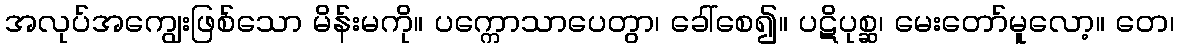
အလုပ်အကျွေးဖြစ်သော မိန်းမကို။ ပက္ကောသာပေတွာ၊ ခေါ်စေ၍။ ပဋိပုစ္ဆ၊ မေးတော်မူလော့။ တေ၊